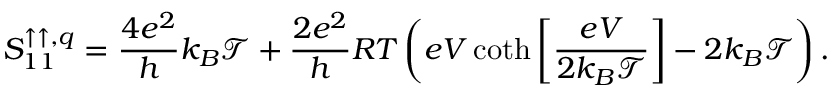
S _ { 1 1 } ^ { \uparrow \uparrow , q } = \frac { 4 e ^ { 2 } } { h } k _ { B } \mathcal { T } + \frac { 2 e ^ { 2 } } { h } R T \left( e V \coth \bigg [ \frac { e V } { 2 k _ { B } \mathcal { T } } \bigg ] - 2 k _ { B } \mathcal { T } \right) .